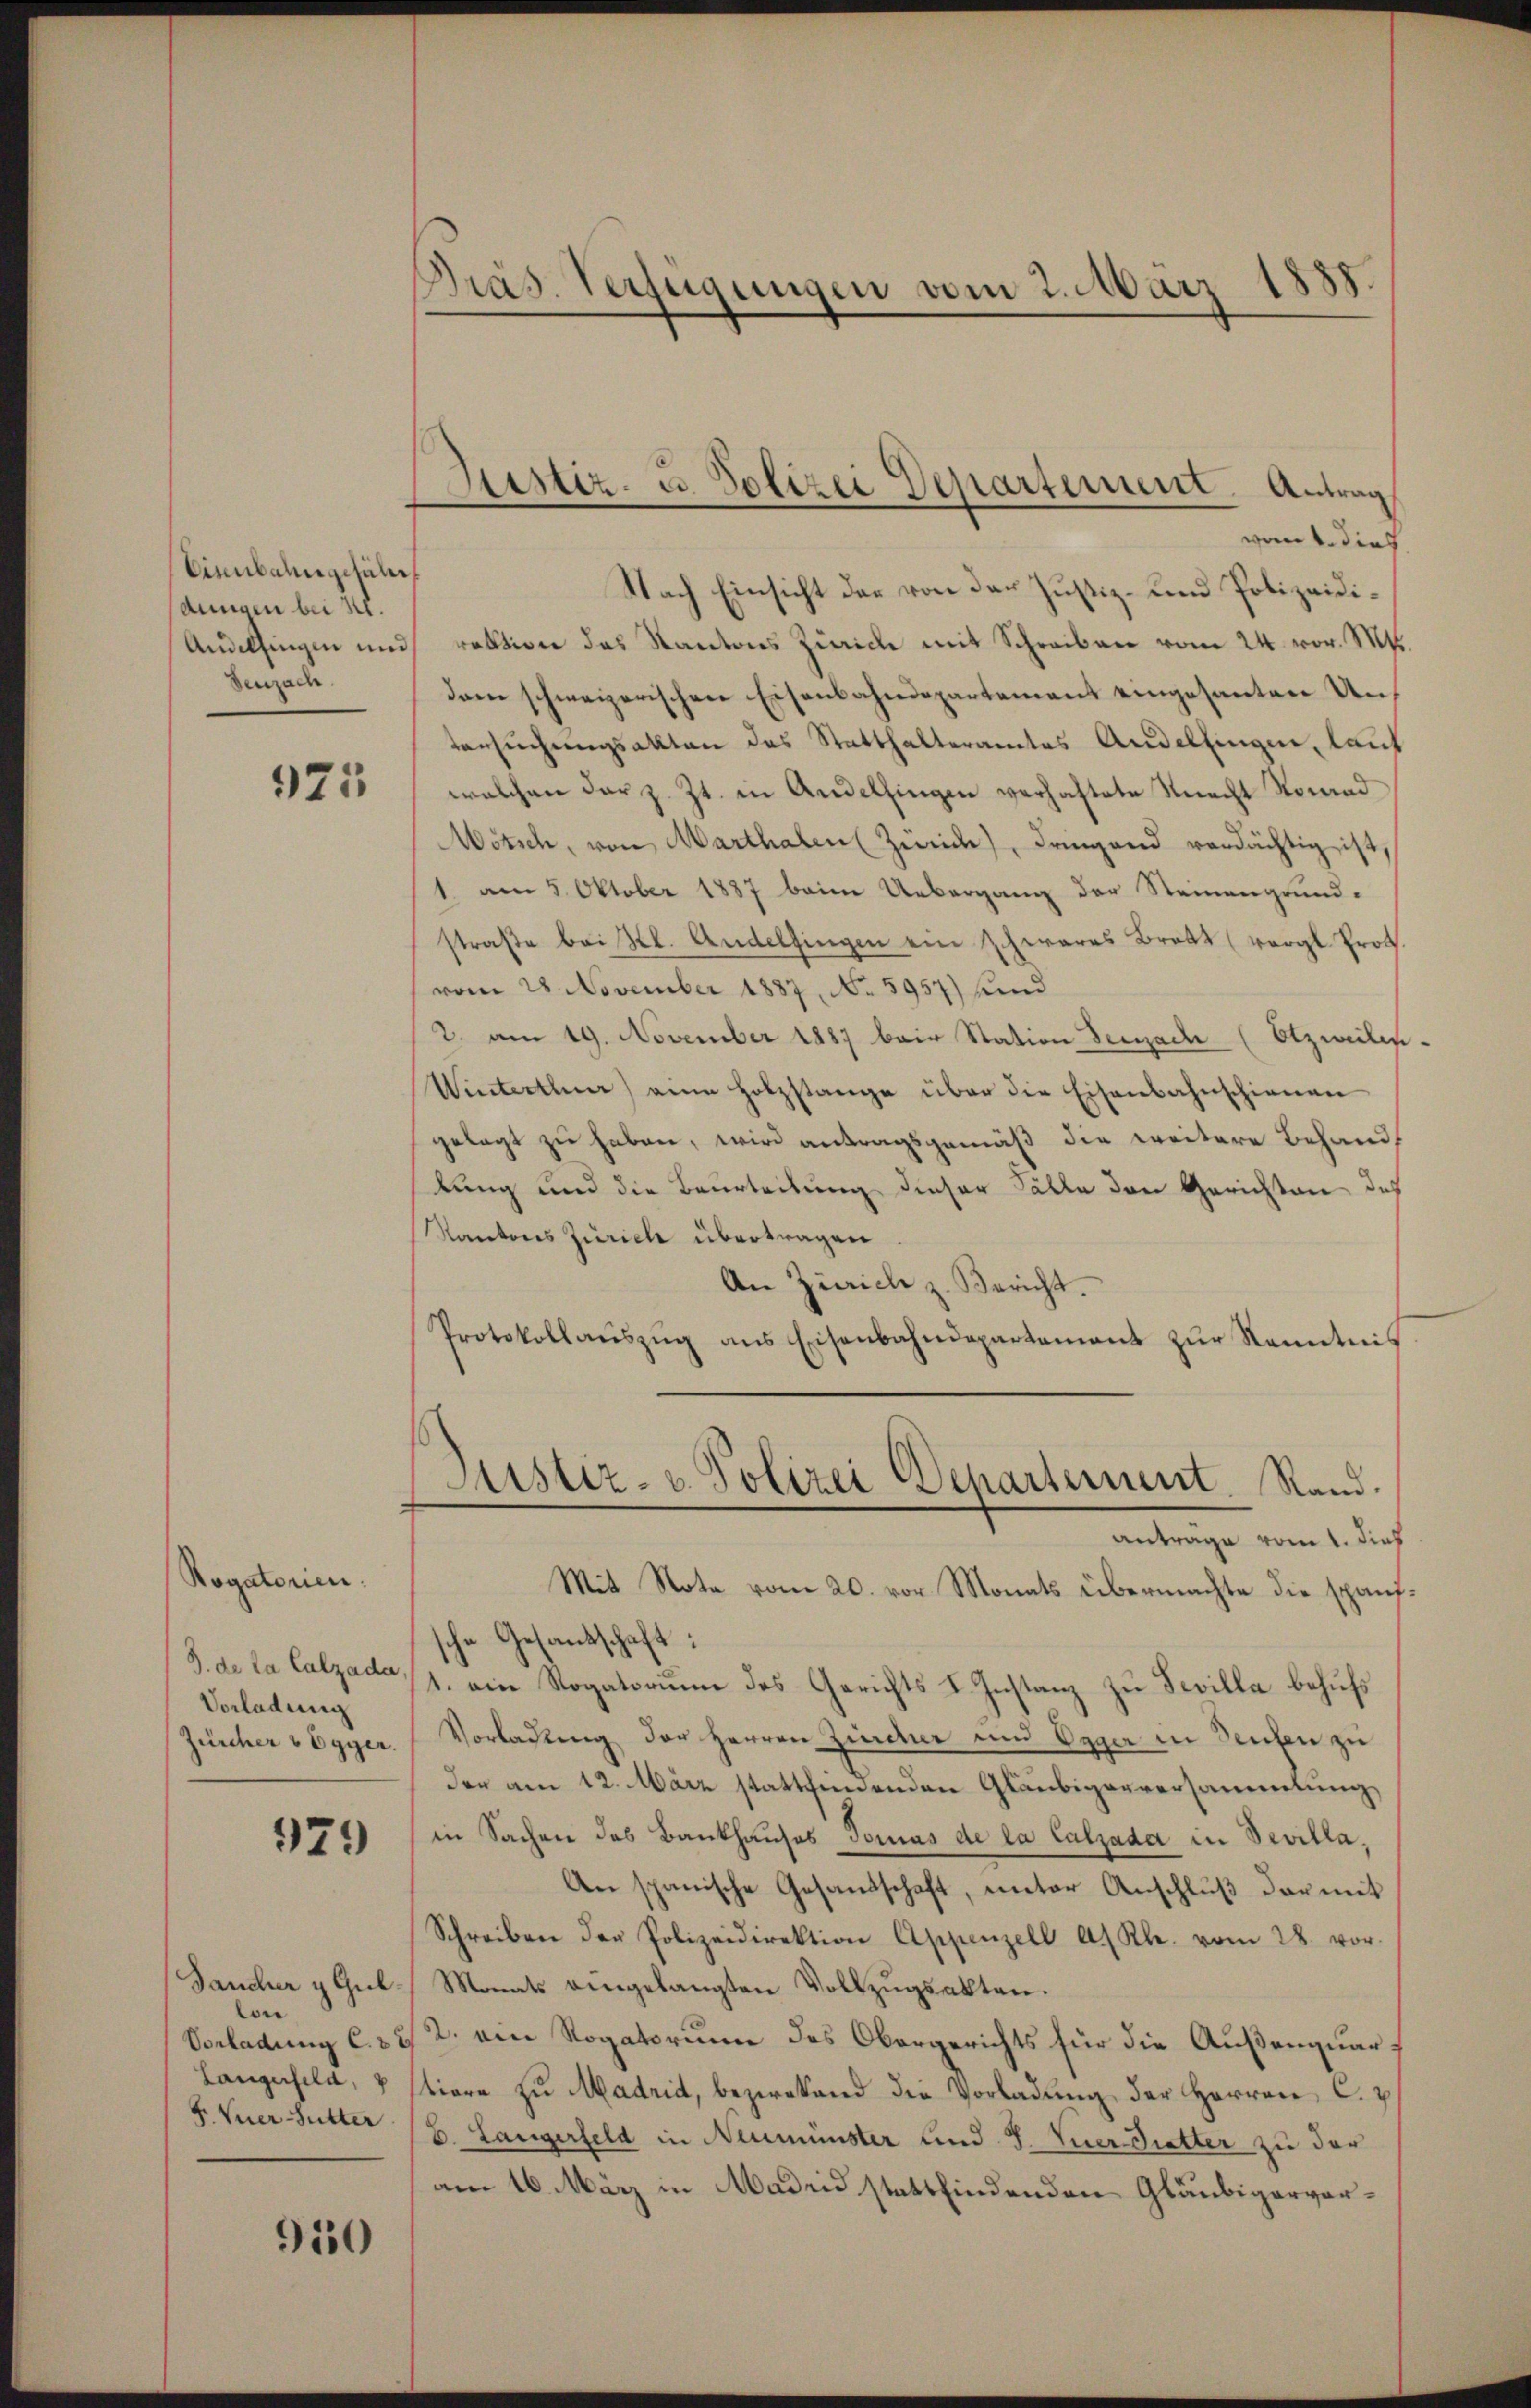
Einbahngeführ
dungen bei Kl.
Andelfingen und
Seuzach.

921

Rogatorien.
3. de la Calzada
Vorladung
Zürcher v Egger.

979

Jaucher & Gulton
Vorladung C.37
Langerfeld,
F. Vier Sutter

950

Präs. Verfügungen vom 2. März 1888.

vom 4. dies
Nach Einsicht der von der Justiz- und Polizeidirektion des Kantons Zürich mit Schreiben vom 24. vor. Mt.
dam schweizerischen Eisenbahndepartement eingesanten Untersuchungsakten das Statthalteramtes Andelfingen, lauf
welchen dar z. Zt. in Andelfingen verhaftete Knecht Nomad
Wötsch, von Marthalen Zweid), Dringend verdächtig ist,
1. am 5. Oktober 1887 beim Uebergang der Steinengrund-
straβe beistl. Andelfingen ein zwares Bratt (vergl. Prot.
vom 28 November 1887, No 5957) sind
2. am 19. November 1887 bair Station Seuzache (Etzweilen.
Winterthur) an Holzstange über die Eisenbahnschienen
gelegt zu haben, wird antragsgemäß die weitere Behand
lung und die Beurteilung dieser Fälle den Gerichten des
Kantons Zürich übertragen
An Zürich z. Bericht.
Protokollauszug aus Eisenbahndepartement zur Kenntnis
Justiz- u. Polizei Departement. Stand.
Antrage vom 1. dies
Mit Note vom 20. vor Monats übermachte die spanfsche Gesandschaft:
1. ein Rogatorium des Gerichts I. Instanz zu Sevilla behufs
Vorladung der Herren Ziecher und Egger in Teufen zu
der am 12. März stattenenden Gläubigerversammlung
in Sachen des Bankhauses Tomas de la Calzada in Bevilla,
An spanische Gesandschaft, unter Anschluß darmit
Schreiben der Polizeidirektion Appenzell A. Rh. vom 28. vor-
Monats eingelangten Vollzŭgsakten.
2. am Rogatorium des Obergerichts für die Außenquartiore zu Madrid, bezirkend die Vorladung der Herren C.
6. Langerfeld in Neumünster und J. Vier-Gretter zu der
am 16. März in Madrid stattfindenden Gläubigerver¬

Justiz- u. Polizei Departement. Antrag